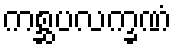
ကစ္ဆပလက္ခဏံ